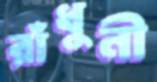
রাঁধুনী